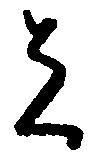
者